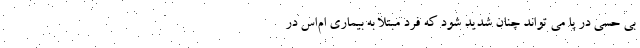
بی حسی در پا می تواند چنان شدید شود که فرد مبتلا به بیماری ام‌اس در